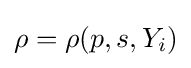
\rho =\rho (p,s,Y_{i})